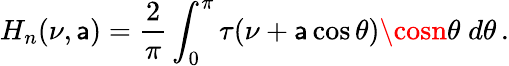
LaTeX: H_{n}(\nu,\mathsf{a})=\frac{{2}}{{\pi}}\int_{0}^{\pi}\tau(\nu+\mathsf{a}\cos\theta)\cosn\theta\; d\theta\, .